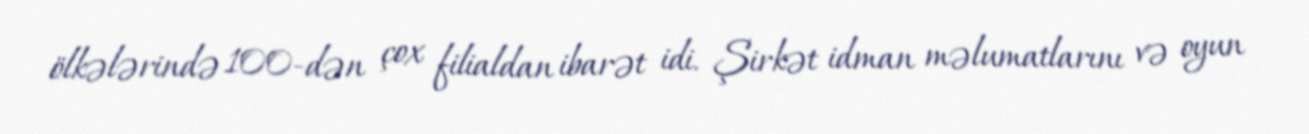
ölkələrində 100-dən çox filialdan ibarət idi. Şirkət idman məlumatlarını və oyun